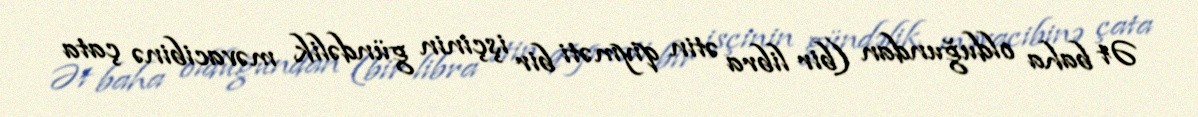
Ət baha olduğundan (bir libra ətin qiyməti bir işçinin gündəlik məvacibinə çata